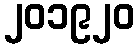
၂၀၁၉၂၀